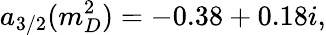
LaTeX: a_{3/2}(m_{D}^{2})=-0.38+0.18i,